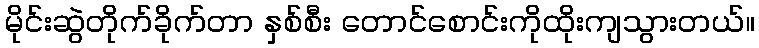
မိုင်းဆွဲတိုက်ခိုက်တာ နှစ်စီး တောင်စောင်းကိုထိုးကျသွားတယ်။